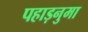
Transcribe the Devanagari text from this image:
पहाड़नुमा